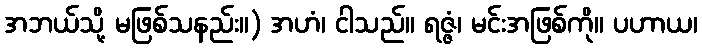
အဘယ်သို့ မဖြစ်သနည်း။) အဟံ၊ ငါသည်။ ရဇ္ဇံ၊ မင်းအဖြစ်ကို။ ပဟာယ၊